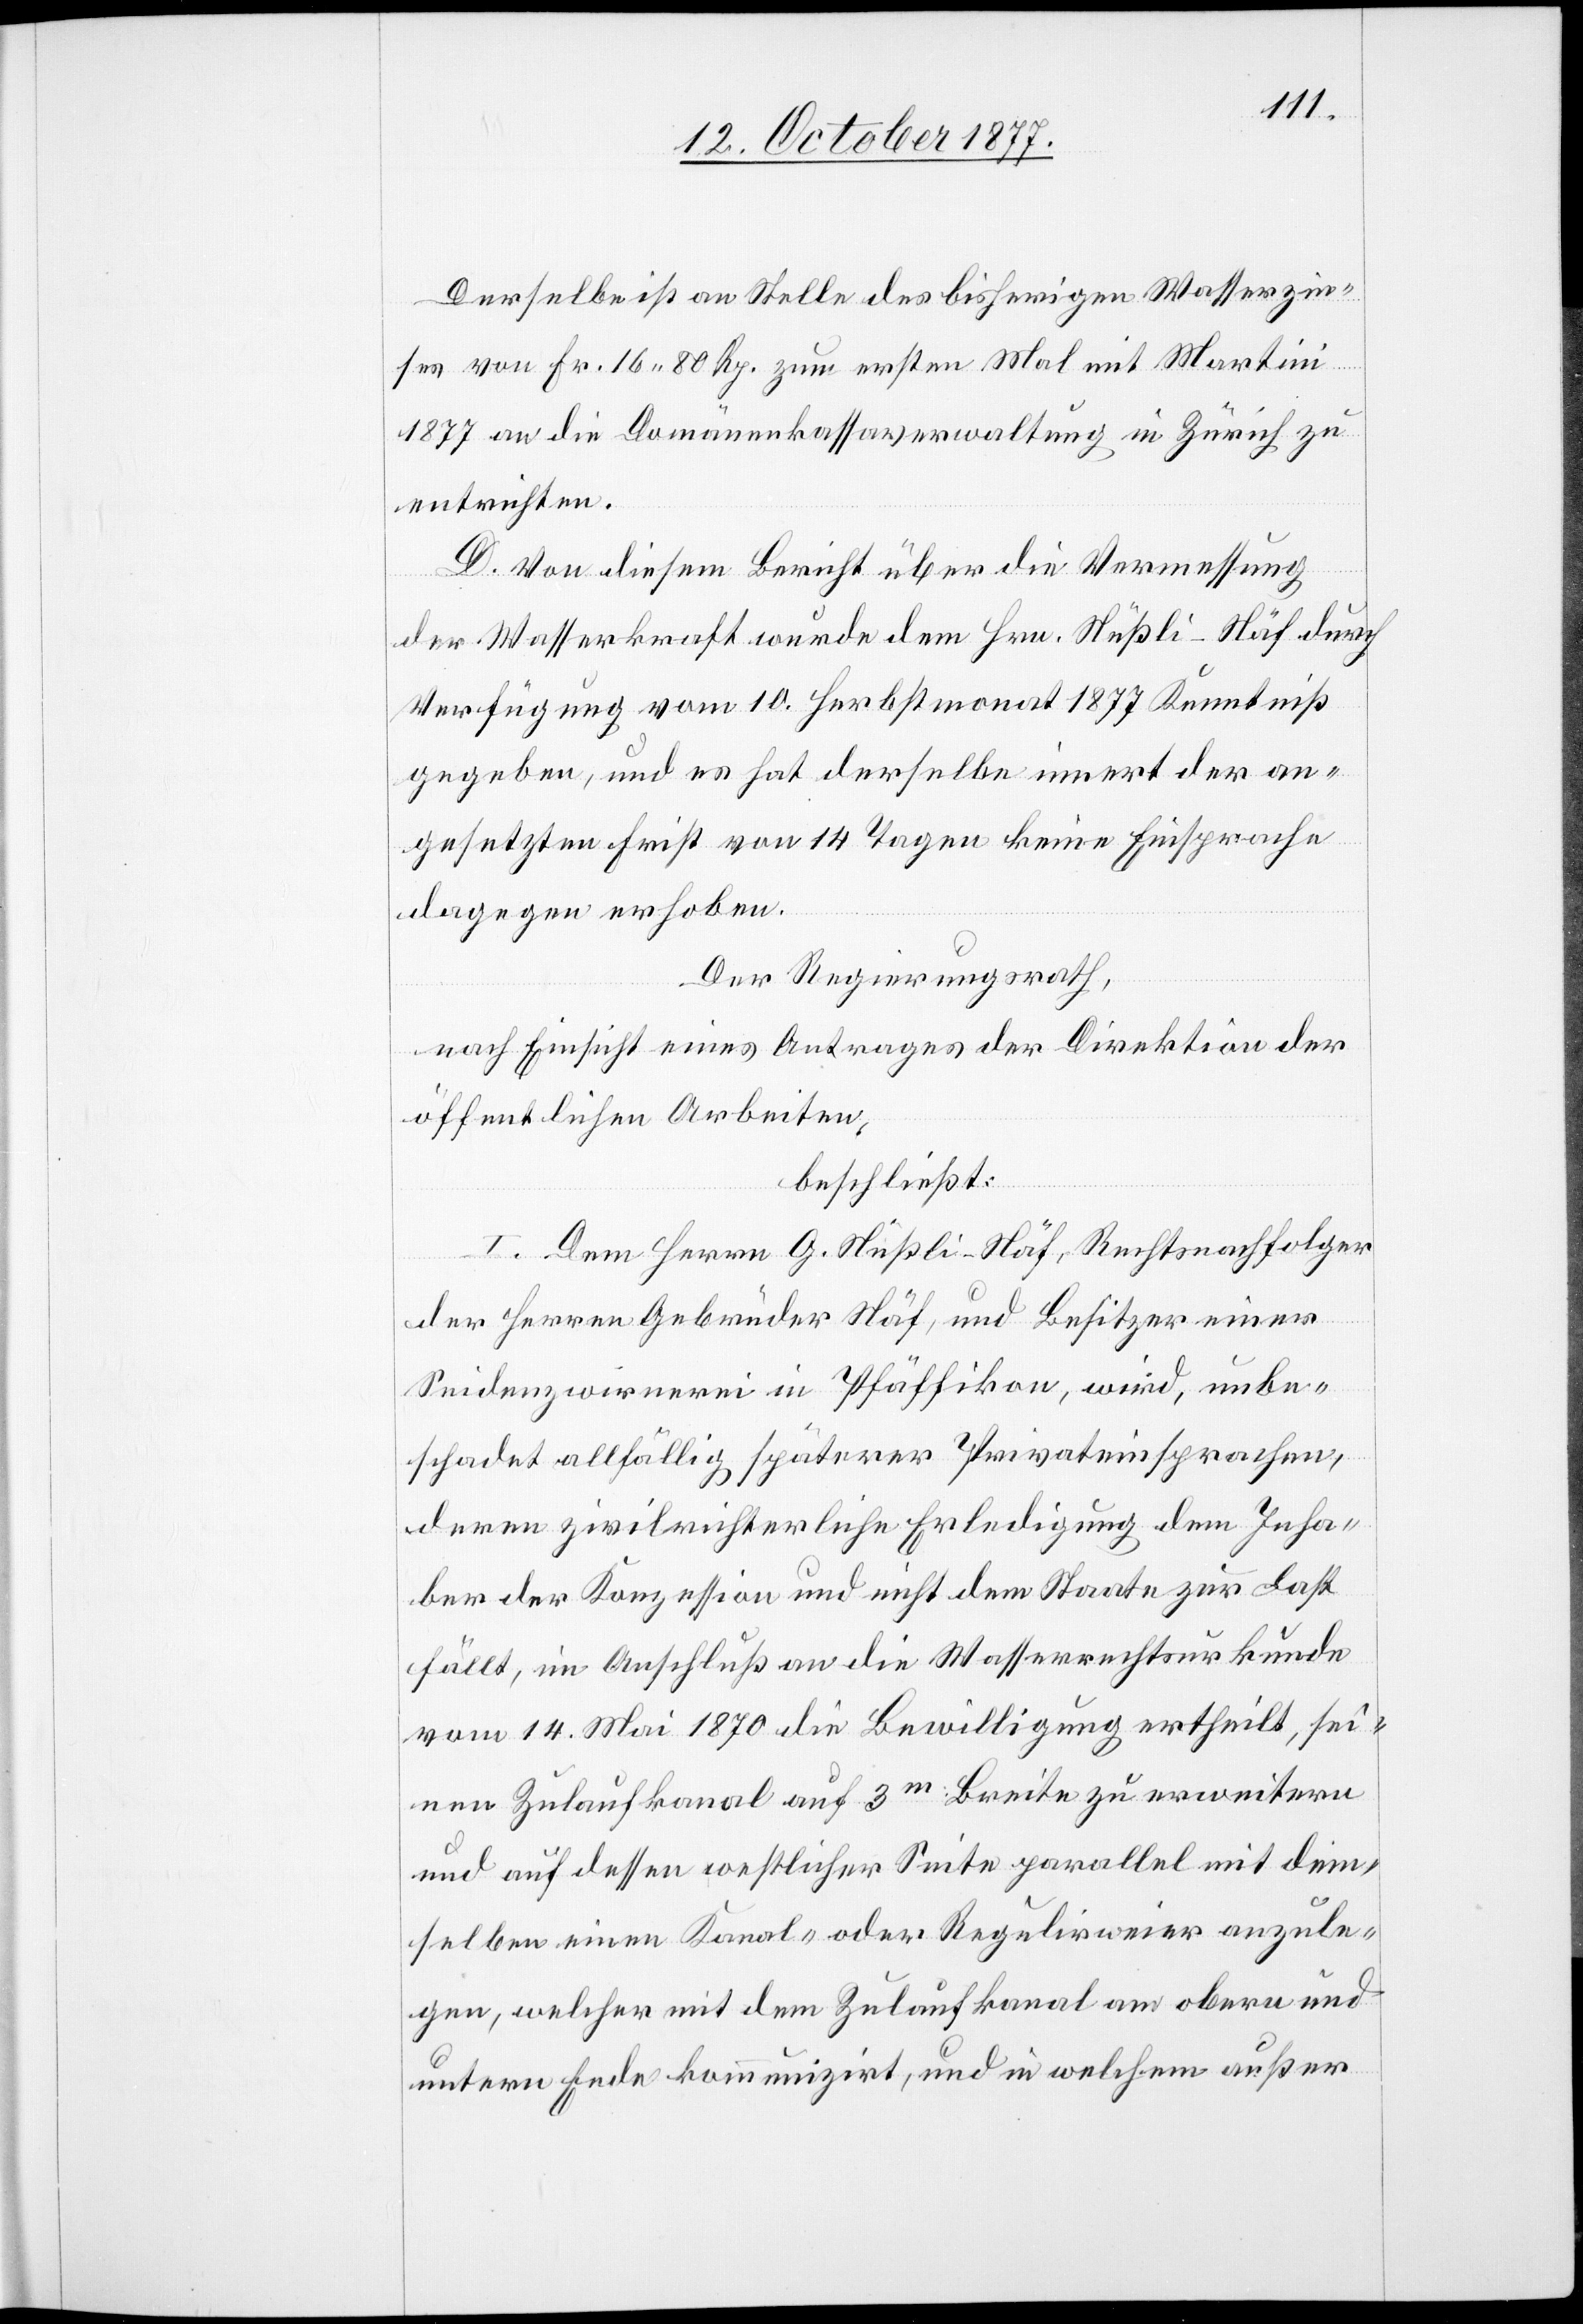
Derselbe ist an Stelle des bisherigen Wasserzin¬
ses von Fr. 16 80 Rp. zum ersten Mal mit Martini
1877 an die Domänenkassaverwaltung in Zürich zu
entrichten.
D. Von diesem Bericht über die Vermessung
der Wasserkraft wurde dem Hrn. Nüßli-Näf durch
Verfügung vom 10. Herbstmonat 1877 Kenntniß
gegeben, und es hat derselbe innert der an¬
gesetzten Frist von 14 Tagen keine Einsprache
dagegen erhoben.
Der Regierungsrath,
nach Einsicht eines Antrages der Direktion der
öffentlichen Arbeiten,
beschließt:
I. Dem Herrn G. Nüßli-Näf, Rechtsnachfolger
der Herren Gebrüder Näf, und Besitzer einer
Seidenzwirnerei in Pfäffikon, wird, unbe¬
schadet allfällig späterer Privateinsprachen,
deren zivilrichterliche Erledigung dem Inha¬
ber der Konzession und nicht dem Staate zur Last
fällt, im Anschluß an die Wasserrechtsurkunde
vom 14. Mai 1870 die Bewilligung ertheilt, sei¬
nen Zulaufkanal auf 3m Breite zu erweitern
und auf dessen westlicher Seite parallel mit dem¬
selben einen Kanal- oder Regulirweier anzule¬
gen, welcher mit dem Zulaufkanal am obern und
untern Ende kommunizirt, und in welchem außer